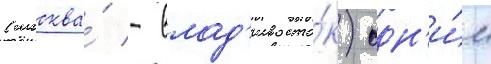
(москва́ - влад'ивосто́к) одн'и́м